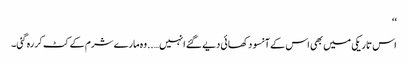
‘‘
اس تاریکی میں بھی اس کے آنسو دکھائی دیے گئے انہیں…..وہ مارے شرم کے کٹ کر رہ گئی۔